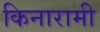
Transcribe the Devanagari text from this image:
किनारामी